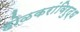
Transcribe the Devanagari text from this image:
होळकरांविरुद्ध